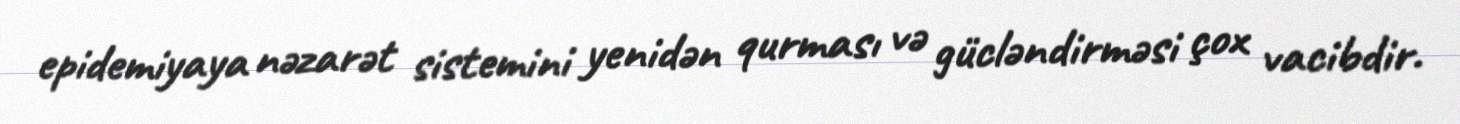
epidemiyaya nəzarət sistemini yenidən qurması və gücləndirməsi çox vacibdir.